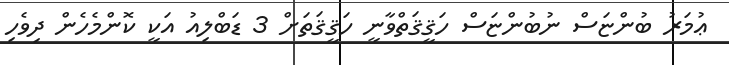
ޢުމަރު ބުންޏަސް ނުބުންޏަސް ހަޤީޤަތްވާނީ ހަޤީޤަތަށް 3 ޑަބްލިއު އަކީ ކޮންމެހެން ދިވެހި